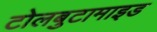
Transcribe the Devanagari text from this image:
टोलबुटामाइड